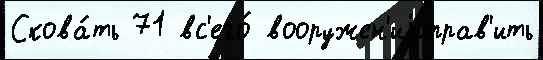
Скова́ть 71 вс'его́ вооружен'иjиправ'ить